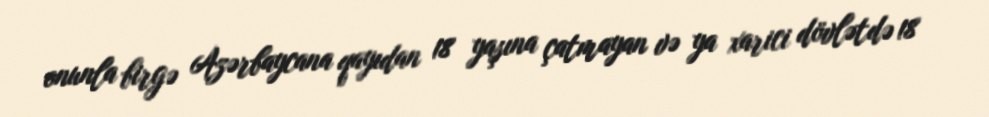
onunla birgə Azərbaycana qayıdan 18 yaşına çatmayan və ya xarici dövlətdə 18